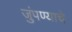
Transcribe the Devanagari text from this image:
जुंपण्याचे